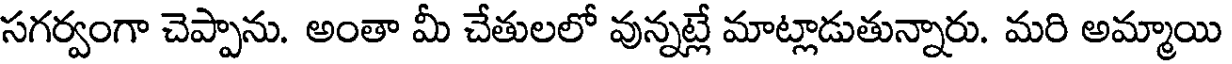
సగర్వంగా చెప్పాను. అంతా మీ చేతులలో వున్నట్లే మాట్లాడుతున్నారు. మరి అమ్మాయి